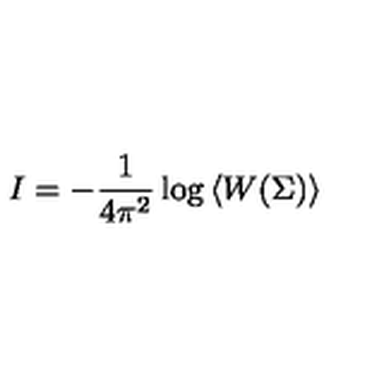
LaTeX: I = - \frac { 1 } { 4 \pi ^ { 2 } } \log \left< W ( \Sigma ) \right>